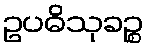
ဥပဓိသုခဉ္စ